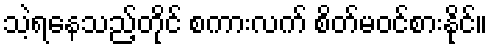
သဲ့ရနေသည့်တိုင် စကားလက် စိတ်မဝင်စားနိုင်။